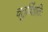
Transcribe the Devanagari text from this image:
चतुर्विंशतिः